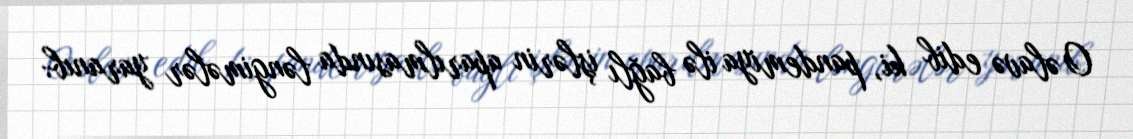
O əlavə edib ki, pandemiya ilə bağlı işlərin aparılmasında ləngimələr yaranıb: